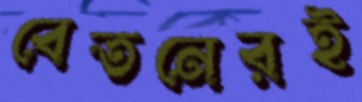
বেতনেরই